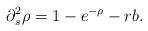
LaTeX: \begin{align*}\partial^2_s \rho=1-e^{-\rho}-rb.\end{align*}